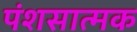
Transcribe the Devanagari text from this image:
पंशसात्मक